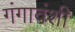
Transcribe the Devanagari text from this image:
गंगावंशी